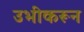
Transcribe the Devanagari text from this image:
उभीकरून